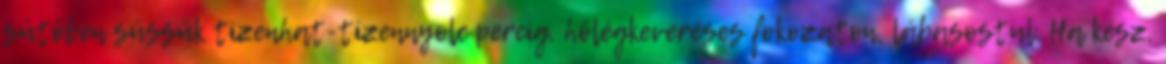
sütőben süssük tizenhat-tizennyolc percig, hőlégkeveréses fokozaton, lábasostul. Ha kész,